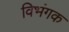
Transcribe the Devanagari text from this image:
विभंगक